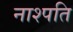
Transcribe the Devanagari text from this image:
नाश्पति